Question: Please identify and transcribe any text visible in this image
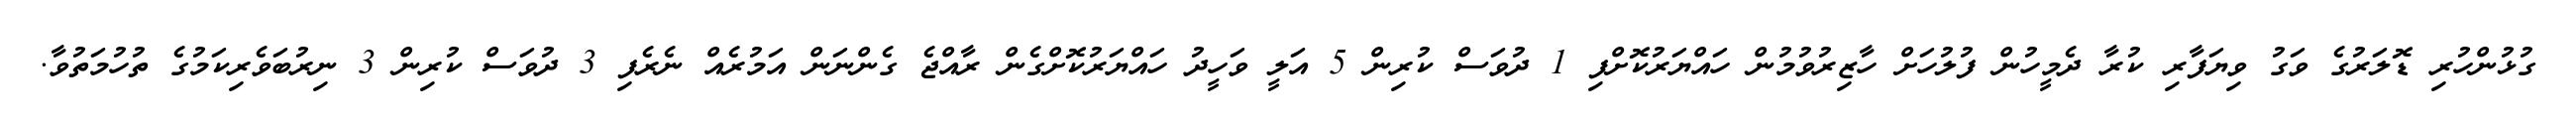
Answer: ގުޅުންހުރި ޑޮލަރުގެ ވަގު ވިޔަފާރި ކުރާ ދެމީހުން ފުލުހަށް ހާޒިރުވުމުން ހައްޔަރުކޮށްފި 1 ދުވަސް ކުރިން 5 އަލީ ވަހީދު ހައްޔަރުކޮށްގެން ރާއްޖެ ގެންނަން އަމުރެއް ނެރެފި 3 ދުވަސް ކުރިން 3 ނިރުބަވެރިކަމުގެ ތުހުމަތުވާ.